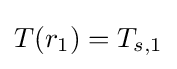
{T(r_{1})=T_{s,1}}